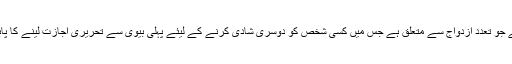
اس وقت چونکہ کونسل کا فیصلہ مسلم عائلی قوانین 1961 کی شق چھ کو حذف کرنے کا ہے جو تعدد ازدواج سے متعلق ہے جس میں کسی شخص کو دوسری شادی کرنے کے لیئے پہلی بیوی سے تحریری اجازت لینے کا پابند کیا گیا ھے اس لیئے صرف اسی شق کی ذیلی شقوں کا خلاصہ ذیل میں نقل کیا جاتا ھے ۔